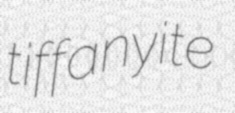
tiffanyite